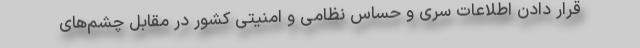
قرار دادن اطلاعات سرّی و حساس نظامی و امنیتی کشور در مقابل چشم‌های